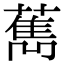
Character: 𦼱